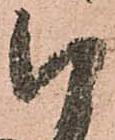
被